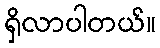
ရှိလာပါတယ်။